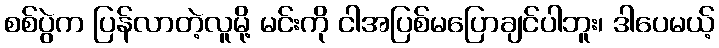
စစ်ပွဲက ပြန်လာတဲ့လူမို့ မင်းကို ငါအပြစ်မပြောချင်ပါဘူး၊ ဒါပေမယ့်